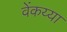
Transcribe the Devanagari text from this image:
वेंकय्या